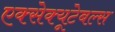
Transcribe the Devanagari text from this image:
एक्सेक्यूटेबल्स